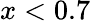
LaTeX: x<0.7